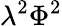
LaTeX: \lambda^{2}\Phi^{2}